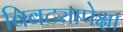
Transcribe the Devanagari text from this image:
बिबट्यापेक्षा